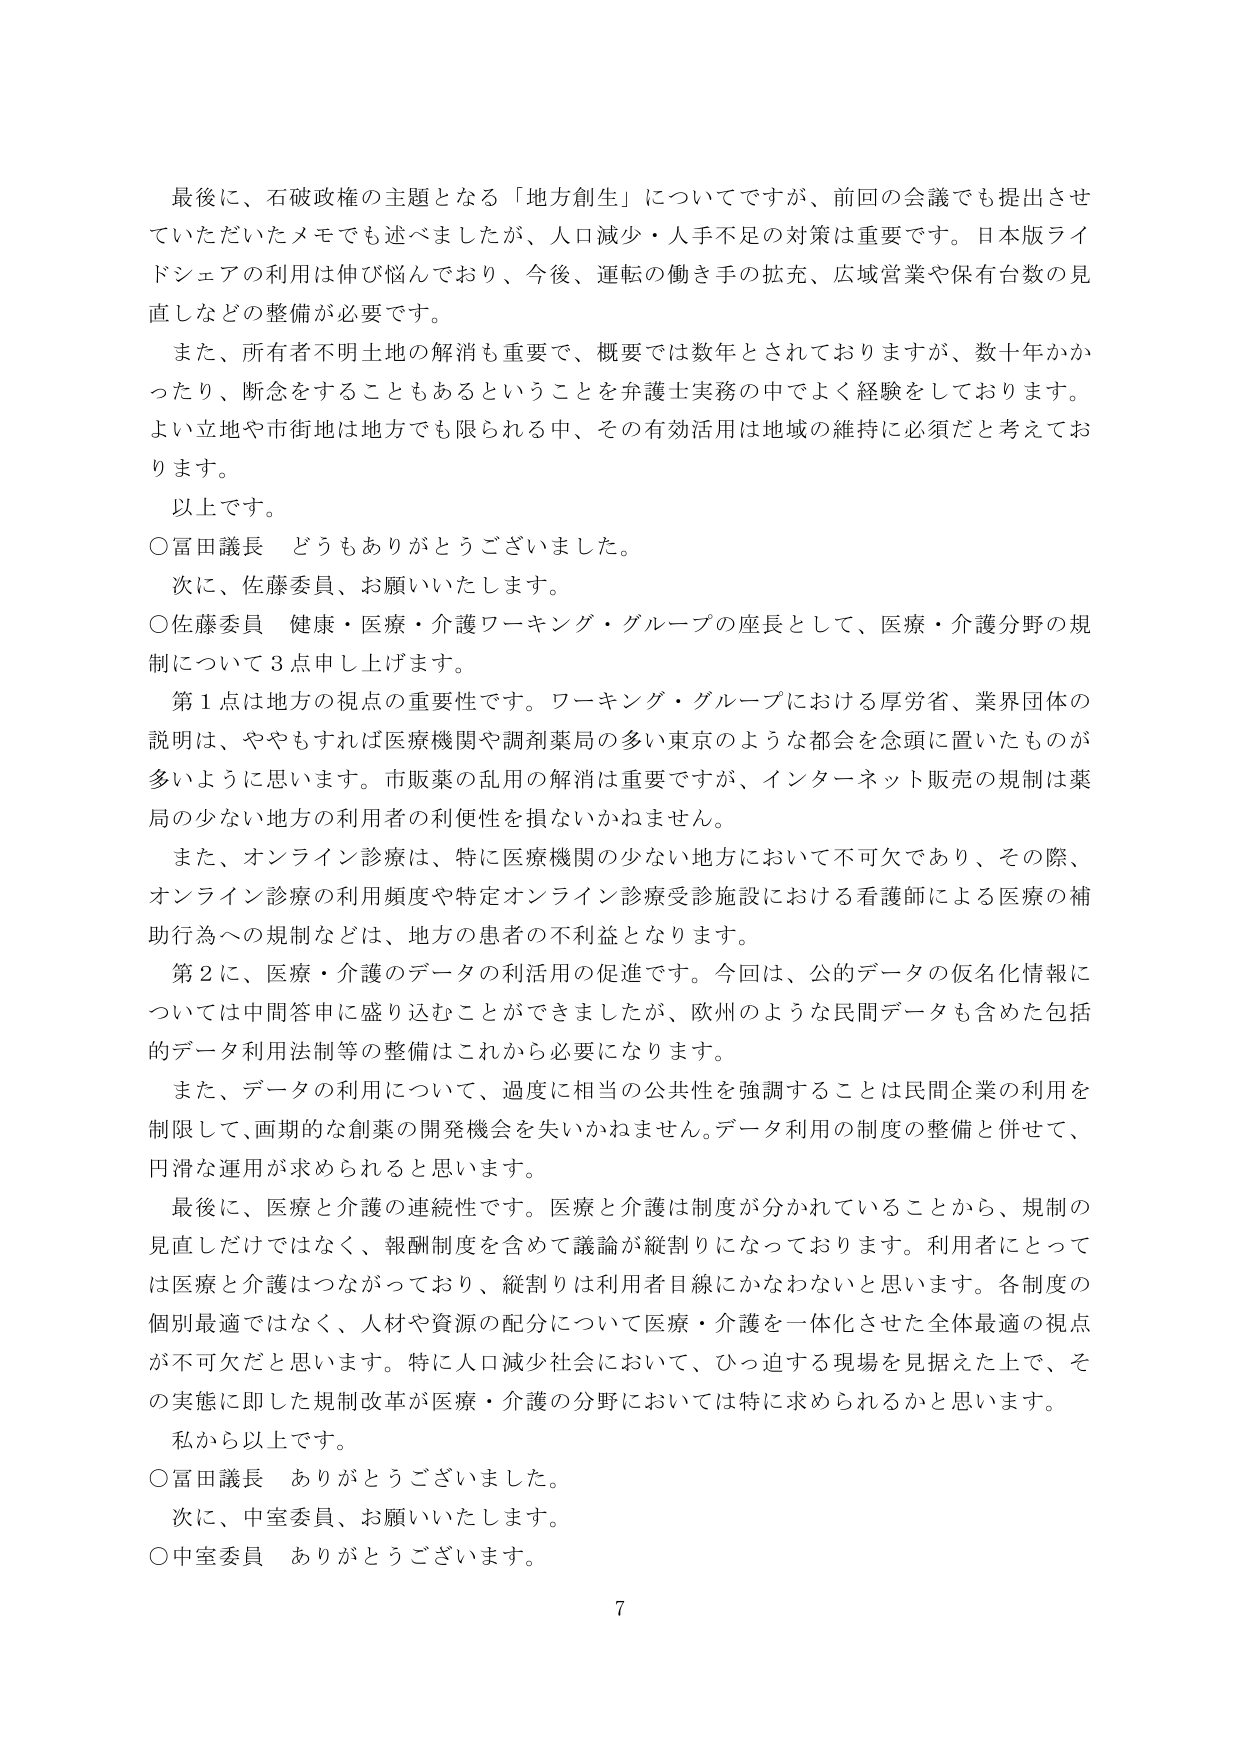
最後に、石破政権の主題となる「地方創生」についてですが、前回の会議でも提出させていただいたメモでも述べましたが、人口減少・人手不足の対策は重要です。日本版ライドシェアの利用は伸び悩んでおり、今後、運転の働き手の拡充、広域営業や保有台数の見直しなどの整備が必要です。

また、所有者不明土地の解消も重要で、概要では数年とされておりますが、数十年かかったり、断念をすることもあるということを弁護士実務の中でよく経験をしております。よい立地や市街地は地方でも限られる中、その有効活用は地域の維持に必須だと考えております。

以上です。

○富田議長　どうもありがとうございました。

次に、佐藤委員、お願いいたします。

○佐藤委員　健康・医療・介護ワーキング・グループの座長として、医療・介護分野の規制について３点申し上げます。

第１点は地方の視点の重要性です。ワーキング・グループにおける厚労省、業界団体の説明は、ややもすれば医療機関や調剤薬局の多い東京のような都会を念頭に置いたものが多いように思います。市販薬の乱用の解消は重要ですが、インターネット販売の規制は薬局の少ない地方の利用者の利便性を損ないかねません。

また、オンライン診療は、特に医療機関の少ない地方において不可欠であり、その際、オンライン診療の利用頻度や特定オンライン診療受診施設における看護師による医療の補助行為への規制などは、地方の患者の不利益となります。

第２に、医療・介護のデータの利活用の促進です。今回は、公的データの仮名化情報については中間答申に盛り込むことができましたが、欧州のような民間データも含めた包括的データ利用法制等の整備はこれから必要になります。

また、データの利用について、過度に相当の公共性を強調することは民間企業の利用を制限して、画期的な創薬の開発機会を失いかねません。データ利用の制度の整備と併せて、円滑な運用が求められると思います。

最後に、医療と介護の連続性です。医療と介護は制度が分かれていることから、規制の見直しだけではなく、報酬制度を含めて議論が縦割りになっております。利用者にとっては医療と介護はつながっており、縦割りは利用者目線にかなわないと思います。各制度の個別最適ではなく、人材や資源の配分について医療・介護を一体化させた全体最適の視点が不可欠だと思います。特に人口減少社会において、ひっ迫する現場を見据えた上で、その実態に即した規制改革が医療・介護の分野においては特に求められるかと思います。

私から以上です。

○富田議長　ありがとうございました。

次に、中室委員、お願いいたします。

○中室委員　ありがとうございます。

7